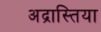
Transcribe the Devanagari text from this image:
अद्रास्तिया